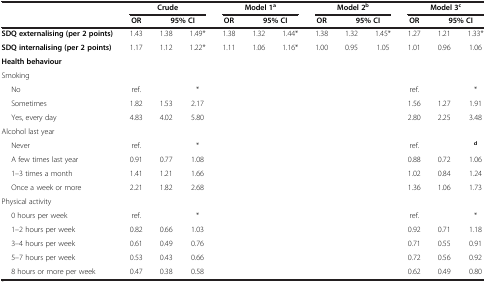
<table><thead><tr><td><b> </b></td><td colspan="3"><b>Crude</b></td><td colspan="3"><b>Model 1<sup>a</sup></b></td><td colspan="3"><b>Model 2<sup>b</sup></b></td><td colspan="3"><b>Model 3<sup>c</sup></b></td></tr><tr><td><b> </b></td><td><b>OR</b></td><td colspan="2"><b>95% CI</b></td><td><b>OR</b></td><td colspan="2"><b>95% CI</b></td><td><b>OR</b></td><td colspan="2"><b>95% CI</b></td><td><b>OR</b></td><td colspan="2"><b>95% CI</b></td></tr></thead><tbody><tr><td><b>SDQ externalising (per 2 points)</b></td><td>1.43</td><td>1.38</td><td>1.49*</td><td>1.38</td><td>1.32</td><td>1.44*</td><td>1.38</td><td>1.32</td><td>1.45*</td><td>1.27</td><td>1.21</td><td>1.33*</td></tr><tr><td><b>SDQ internalising (per 2 points)</b></td><td>1.17</td><td>1.12</td><td>1.22*</td><td>1.11</td><td>1.06</td><td>1.16*</td><td>1.00</td><td>0.95</td><td>1.05</td><td>1.01</td><td>0.96</td><td>1.06</td></tr><tr><td><b>Health behaviour</b></td><td> </td><td> </td><td> </td><td> </td><td> </td><td> </td><td> </td><td> </td><td> </td><td> </td><td> </td><td> </td></tr><tr><td>Smoking</td><td> </td><td> </td><td> </td><td> </td><td> </td><td> </td><td> </td><td> </td><td> </td><td> </td><td> </td><td> </td></tr><tr><td>No</td><td>ref.</td><td> </td><td>*</td><td> </td><td> </td><td> </td><td> </td><td> </td><td> </td><td>ref.</td><td> </td><td>*</td></tr><tr><td>Sometimes</td><td>1.82</td><td>1.53</td><td>2.17</td><td> </td><td> </td><td> </td><td> </td><td> </td><td> </td><td>1.56</td><td>1.27</td><td>1.91</td></tr><tr><td>Yes, every day</td><td>4.83</td><td>4.02</td><td>5.80</td><td> </td><td> </td><td> </td><td> </td><td> </td><td> </td><td>2.80</td><td>2.25</td><td>3.48</td></tr><tr><td>Alcohol last year</td><td> </td><td> </td><td> </td><td> </td><td> </td><td> </td><td> </td><td> </td><td> </td><td> </td><td> </td><td> </td></tr><tr><td>Never</td><td>ref.</td><td> </td><td>*</td><td> </td><td> </td><td> </td><td> </td><td> </td><td> </td><td>ref.</td><td> </td><td><sup><b>d</b></sup></td></tr><tr><td>A few times last year</td><td>0.91</td><td>0.77</td><td>1.08</td><td> </td><td> </td><td> </td><td> </td><td> </td><td> </td><td>0.88</td><td>0.72</td><td>1.06</td></tr><tr><td>1–3 times a month</td><td>1.41</td><td>1.21</td><td>1.66</td><td> </td><td> </td><td> </td><td> </td><td> </td><td> </td><td>1.02</td><td>0.84</td><td>1.24</td></tr><tr><td>Once a week or more</td><td>2.21</td><td>1.82</td><td>2.68</td><td> </td><td> </td><td> </td><td> </td><td> </td><td> </td><td>1.36</td><td>1.06</td><td>1.73</td></tr><tr><td>Physical activity</td><td> </td><td> </td><td> </td><td> </td><td> </td><td> </td><td> </td><td> </td><td> </td><td> </td><td> </td><td> </td></tr><tr><td>0 hours per week</td><td>ref.</td><td> </td><td>*</td><td> </td><td> </td><td> </td><td> </td><td> </td><td> </td><td>ref.</td><td> </td><td>*</td></tr><tr><td>1–2 hours per week</td><td>0.82</td><td>0.66</td><td>1.03</td><td> </td><td> </td><td> </td><td> </td><td> </td><td> </td><td>0.92</td><td>0.71</td><td>1.18</td></tr><tr><td>3–4 hours per week</td><td>0.61</td><td>0.49</td><td>0.76</td><td> </td><td> </td><td> </td><td> </td><td> </td><td> </td><td>0.71</td><td>0.55</td><td>0.91</td></tr><tr><td>5–7 hours per week</td><td>0.53</td><td>0.43</td><td>0.66</td><td> </td><td> </td><td> </td><td> </td><td> </td><td> </td><td>0.72</td><td>0.56</td><td>0.92</td></tr><tr><td>8 hours or more per week</td><td>0.47</td><td>0.38</td><td>0.58</td><td> </td><td> </td><td> </td><td> </td><td> </td><td> </td><td>0.62</td><td>0.49</td><td>0.80</td></tr></tbody></table>